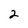
Character: 2